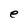
Character: e